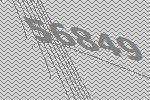
56849